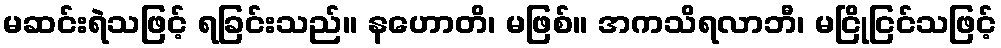
မဆင်းရဲသဖြင့် ရခြင်းသည်။ နဟောတိ၊ မဖြစ်။ အကသိရလာဘီ၊ မငြိုငြင်သဖြင့်